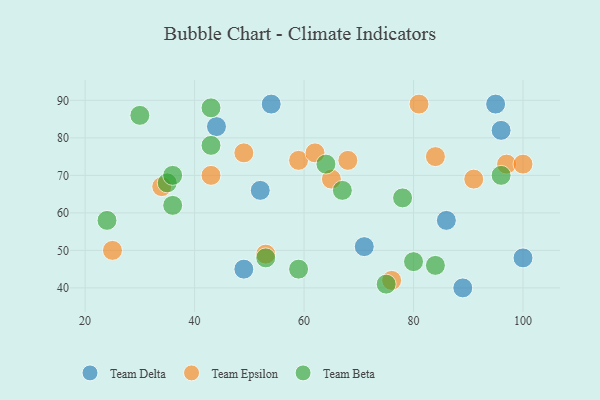
{"axis": {"x": "GDP", "y": "Life Expectancy"}, "legend": ["Team Beta", "Team Delta", "Team Epsilon"], "data": [{"x": "54", "y": 89, "type": "Team Delta"}, {"x": "44", "y": 83, "type": "Team Delta"}, {"x": "49", "y": 45, "type": "Team Delta"}, {"x": "52", "y": 66, "type": "Team Delta"}, {"x": "100", "y": 48, "type": "Team Delta"}, {"x": "95", "y": 89, "type": "Team Delta"}, {"x": "96", "y": 82, "type": "Team Delta"}, {"x": "71", "y": 51, "type": "Team Delta"}, {"x": "89", "y": 40, "type": "Team Delta"}, {"x": "86", "y": 58, "type": "Team Delta"}, {"x": "59", "y": 74, "type": "Team Epsilon"}, {"x": "97", "y": 73, "type": "Team Epsilon"}, {"x": "76", "y": 42, "type": "Team Epsilon"}, {"x": "49", "y": 76, "type": "Team Epsilon"}, {"x": "91", "y": 69, "type": "Team Epsilon"}, {"x": "100", "y": 73, "type": "Team Epsilon"}, {"x": "84", "y": 75, "type": "Team Epsilon"}, {"x": "65", "y": 69, "type": "Team Epsilon"}, {"x": "34", "y": 67, "type": "Team Epsilon"}, {"x": "81", "y": 89, "type": "Team Epsilon"}, {"x": "68", "y": 74, "type": "Team Epsilon"}, {"x": "25", "y": 50, "type": "Team Epsilon"}, {"x": "43", "y": 70, "type": "Team Epsilon"}, {"x": "53", "y": 49, "type": "Team Epsilon"}, {"x": "62", "y": 76, "type": "Team Epsilon"}, {"x": "30", "y": 86, "type": "Team Beta"}, {"x": "96", "y": 70, "type": "Team Beta"}, {"x": "24", "y": 58, "type": "Team Beta"}, {"x": "67", "y": 66, "type": "Team Beta"}, {"x": "36", "y": 62, "type": "Team Beta"}, {"x": "59", "y": 45, "type": "Team Beta"}, {"x": "35", "y": 68, "type": "Team Beta"}, {"x": "84", "y": 46, "type": "Team Beta"}, {"x": "53", "y": 48, "type": "Team Beta"}, {"x": "75", "y": 41, "type": "Team Beta"}, {"x": "64", "y": 73, "type": "Team Beta"}, {"x": "36", "y": 70, "type": "Team Beta"}, {"x": "78", "y": 64, "type": "Team Beta"}, {"x": "80", "y": 47, "type": "Team Beta"}, {"x": "43", "y": 78, "type": "Team Beta"}, {"x": "43", "y": 88, "type": "Team Beta"}]}